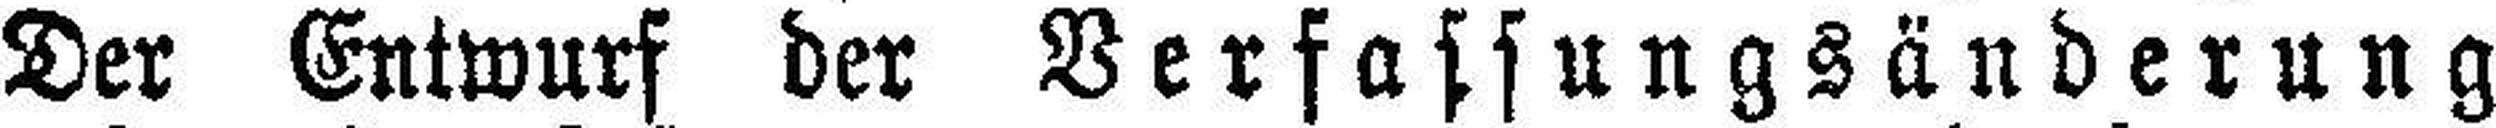
Der Entwurf der Verfassungsänderung